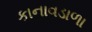
કાનાવડાળા